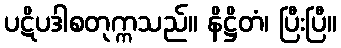
ပဋိပဒါစတုက္ကသည်။ နိဋ္ဌိတံ၊ ပြီးပြီ။